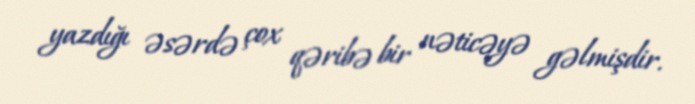
yazdığı əsərdə çox qəribə bir nəticəyə gəlmişdir.